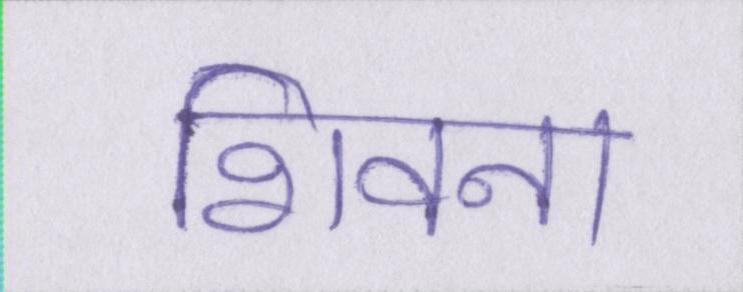
शिवना